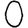
Digit: 0